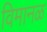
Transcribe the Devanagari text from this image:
विमानळ